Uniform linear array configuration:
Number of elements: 16
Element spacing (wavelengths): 0.75
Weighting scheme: blackman
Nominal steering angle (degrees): -15
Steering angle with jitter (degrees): -16.414
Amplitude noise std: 0.05
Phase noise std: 0.05

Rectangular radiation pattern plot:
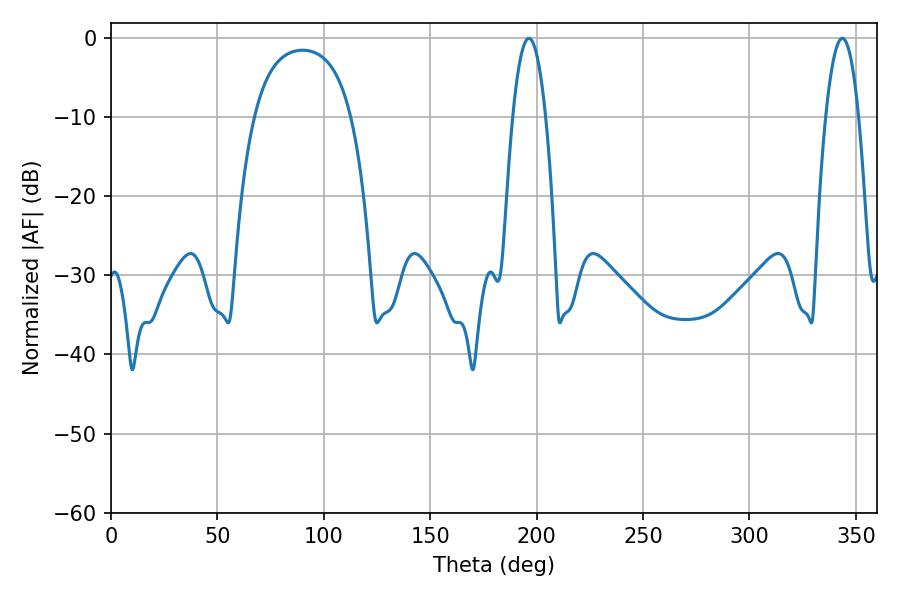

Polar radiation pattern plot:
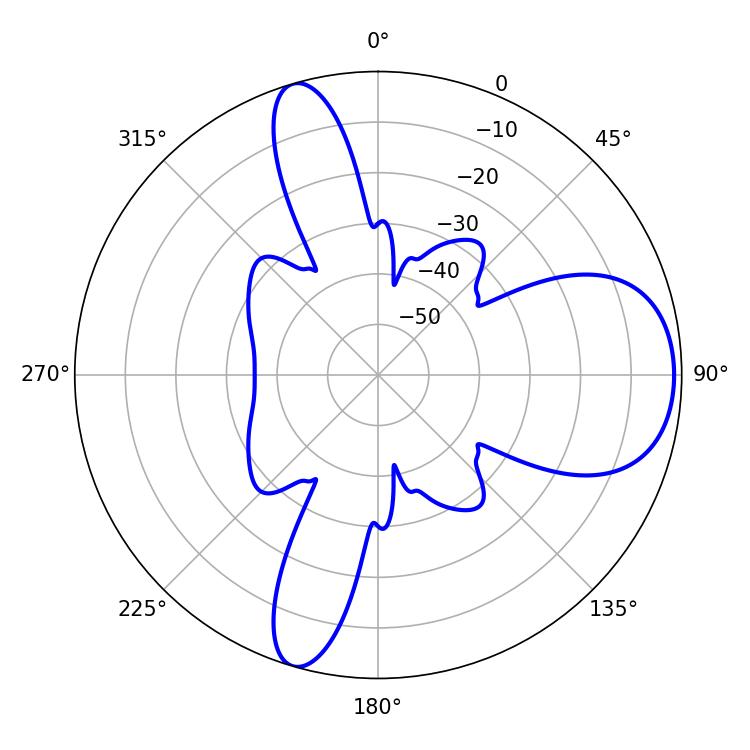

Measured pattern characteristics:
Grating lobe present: TRUE
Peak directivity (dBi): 8.464
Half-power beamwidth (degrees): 8.64
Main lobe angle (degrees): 196.38